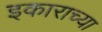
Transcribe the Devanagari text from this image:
इकाराच्या